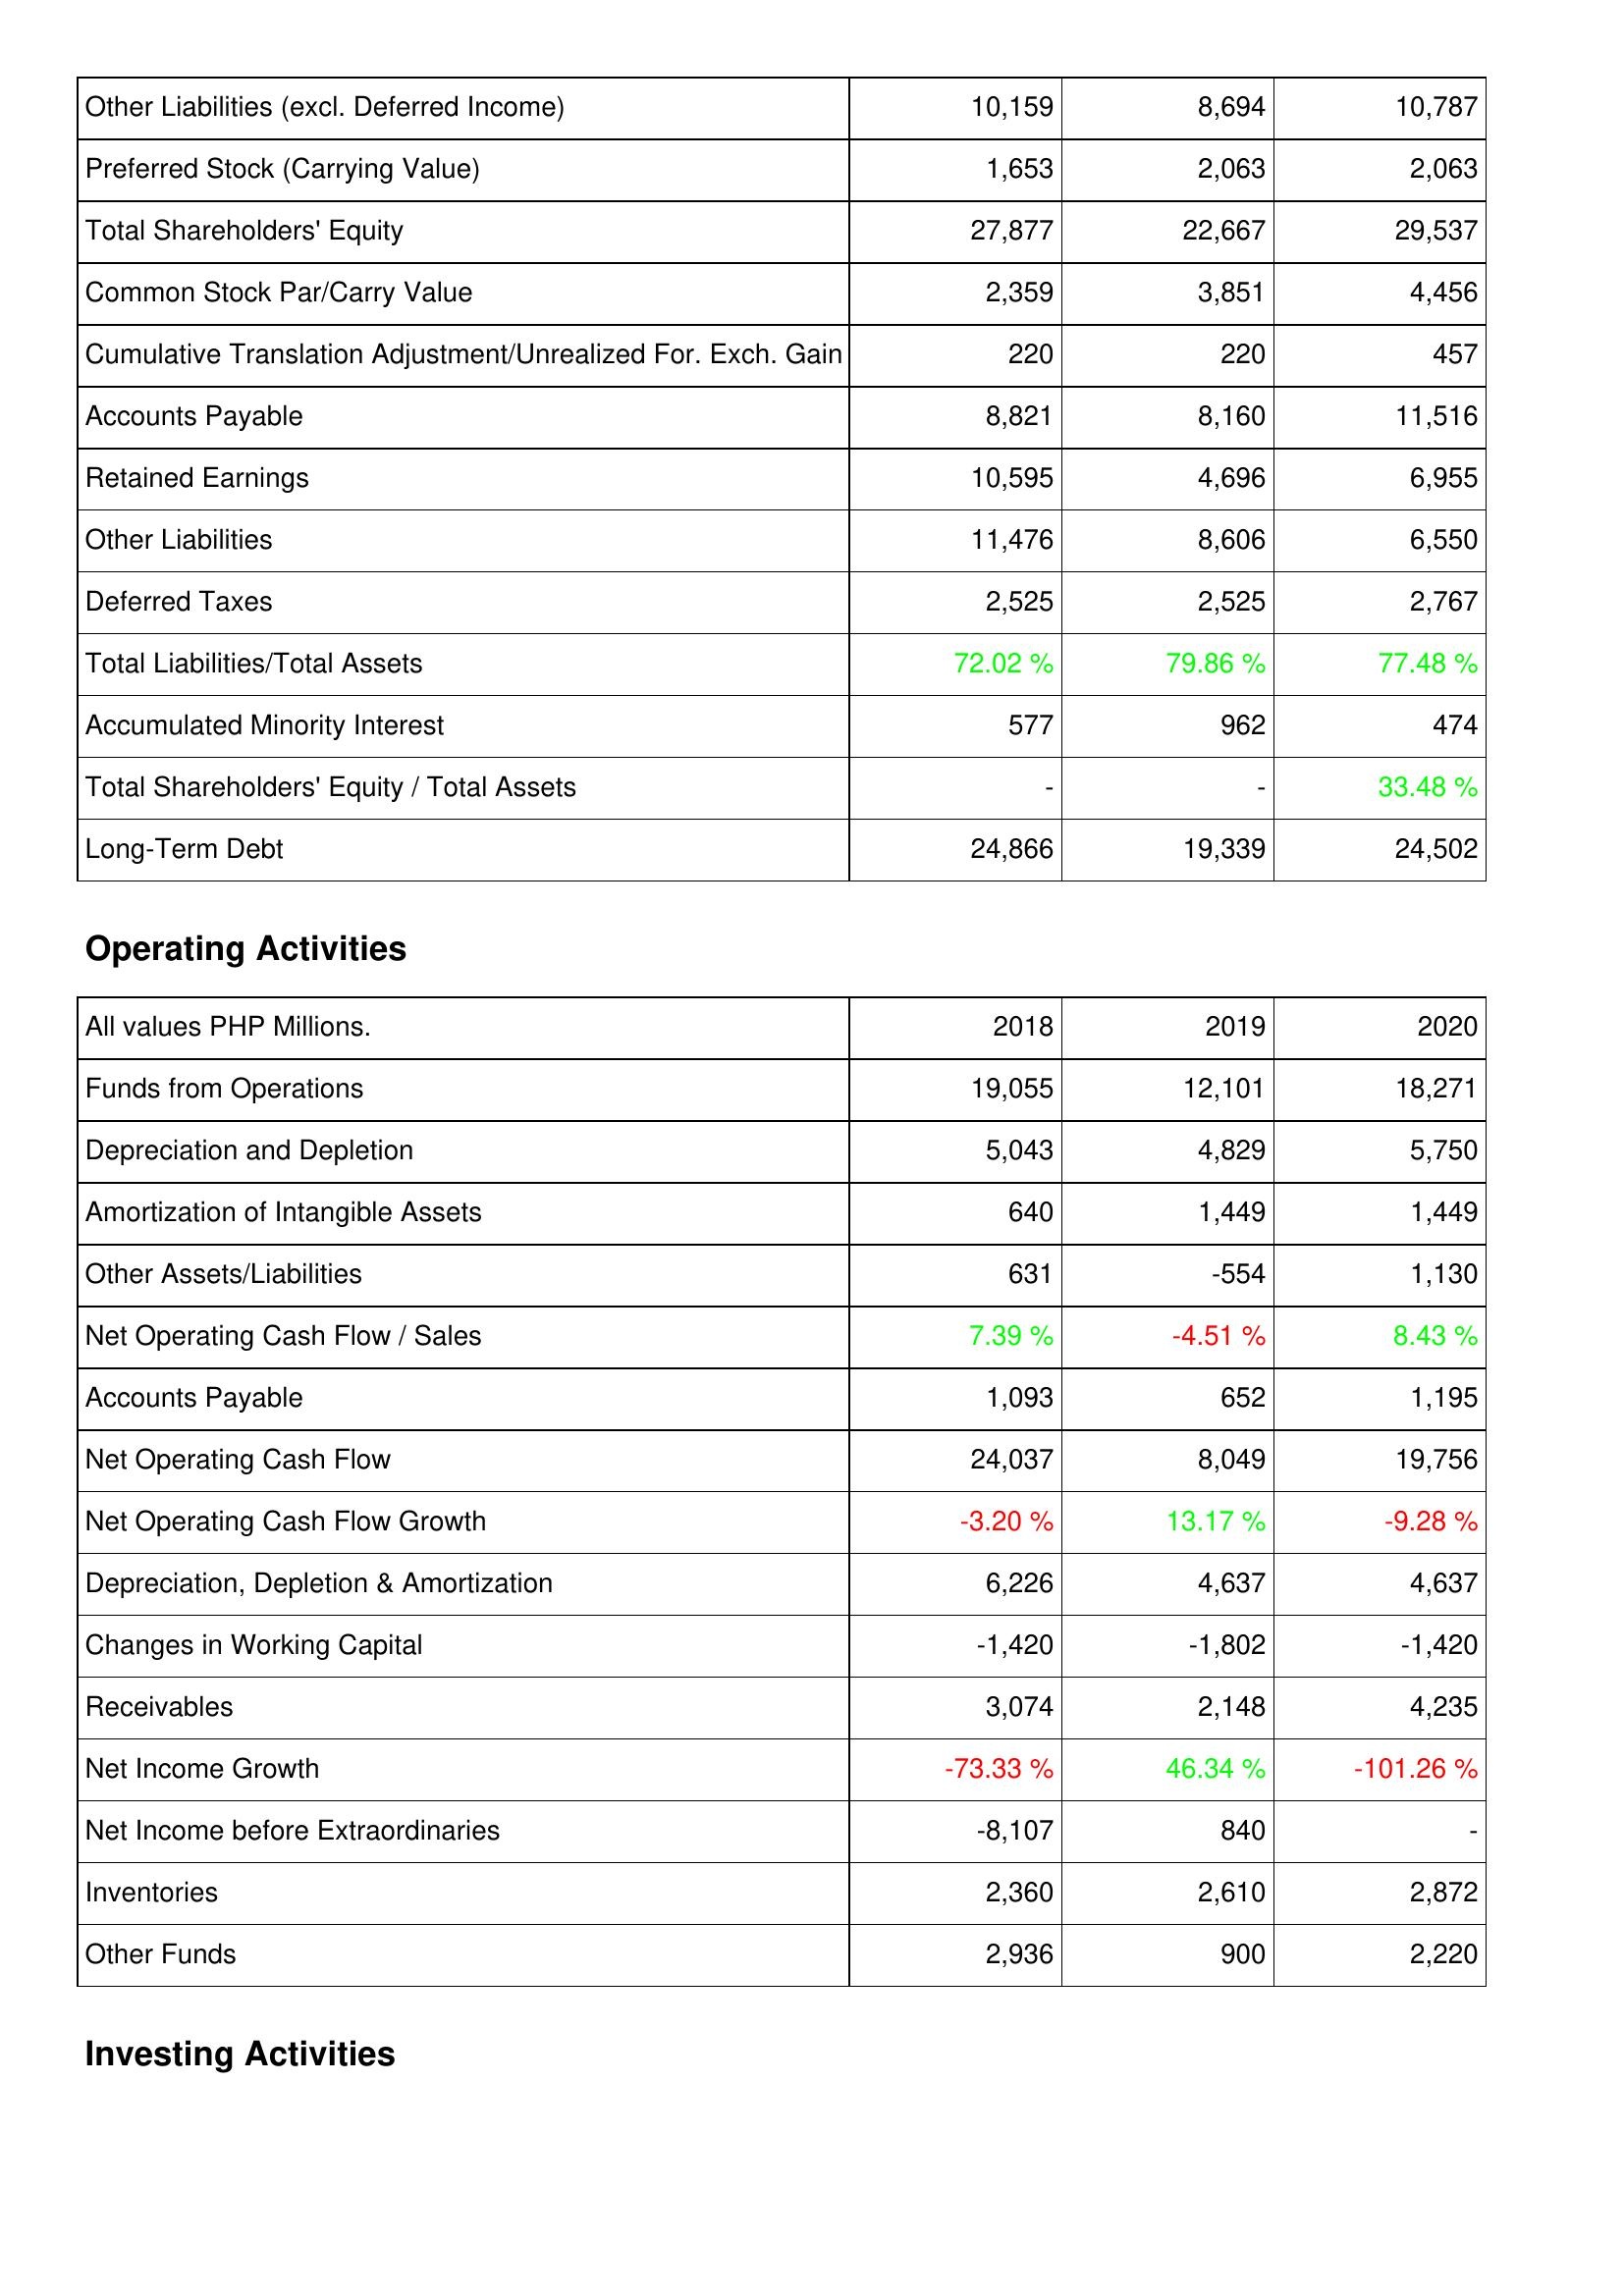
2018: Liabilities & Shareholders' Equity: Other Liabilities (excl. Deferred Income): 10,159
Preferred Stock (Carrying Value): 1,653
Total Shareholders' Equity: 27,877
Common Stock Par/Carry Value: 2,359
Cumulative Translation Adjustment/Unrealized For. Exch. Gain: 220
Accounts Payable: 8,821
Retained Earnings: 10,595
Other Liabilities: 11,476
Deferred Taxes: 2,525
Total Liabilities/Total Assets: 72.02 %
Accumulated Minority Interest: 577
Total Shareholders' Equity / Total Assets: -
Long-Term Debt: 24,866
Operating Activities: Funds from Operations: 19,055
Depreciation and Depletion: 5,043
Amortization of Intangible Assets: 640
Other Assets/Liabilities: 631
Net Operating Cash Flow / Sales: 7.39 %
Accounts Payable: 1,093
Net Operating Cash Flow: 24,037
Net Operating Cash Flow Growth: -3.20 %
Depreciation, Depletion & Amortization: 6,226
Changes in Working Capital: -1,420
Receivables: 3,074
Net Income Growth: -73.33 %
Net Income before Extraordinaries: -8,107
Inventories: 2,360
Other Funds: 2,936
2019: Liabilities & Shareholders' Equity: Other Liabilities (excl. Deferred Income): 8,694
Preferred Stock (Carrying Value): 2,063
Total Shareholders' Equity: 22,667
Common Stock Par/Carry Value: 3,851
Cumulative Translation Adjustment/Unrealized For. Exch. Gain: 220
Accounts Payable: 8,160
Retained Earnings: 4,696
Other Liabilities: 8,606
Deferred Taxes: 2,525
Total Liabilities/Total Assets: 79.86 %
Accumulated Minority Interest: 962
Total Shareholders' Equity / Total Assets: -
Long-Term Debt: 19,339
Operating Activities: Funds from Operations: 12,101
Depreciation and Depletion: 4,829
Amortization of Intangible Assets: 1,449
Other Assets/Liabilities: -554
Net Operating Cash Flow / Sales: -4.51 %
Accounts Payable: 652
Net Operating Cash Flow: 8,049
Net Operating Cash Flow Growth: 13.17 %
Depreciation, Depletion & Amortization: 4,637
Changes in Working Capital: -1,802
Receivables: 2,148
Net Income Growth: 46.34 %
Net Income before Extraordinaries: 840
Inventories: 2,610
Other Funds: 900
2020: Liabilities & Shareholders' Equity: Other Liabilities (excl. Deferred Income): 10,787
Preferred Stock (Carrying Value): 2,063
Total Shareholders' Equity: 29,537
Common Stock Par/Carry Value: 4,456
Cumulative Translation Adjustment/Unrealized For. Exch. Gain: 457
Accounts Payable: 11,516
Retained Earnings: 6,955
Other Liabilities: 6,550
Deferred Taxes: 2,767
Total Liabilities/Total Assets: 77.48 %
Accumulated Minority Interest: 474
Total Shareholders' Equity / Total Assets: 33.48 %
Long-Term Debt: 24,502
Operating Activities: Funds from Operations: 18,271
Depreciation and Depletion: 5,750
Amortization of Intangible Assets: 1,449
Other Assets/Liabilities: 1,130
Net Operating Cash Flow / Sales: 8.43 %
Accounts Payable: 1,195
Net Operating Cash Flow: 19,756
Net Operating Cash Flow Growth: -9.28 %
Depreciation, Depletion & Amortization: 4,637
Changes in Working Capital: -1,420
Receivables: 4,235
Net Income Growth: -101.26 %
Net Income before Extraordinaries: -
Inventories: 2,872
Other Funds: 2,220